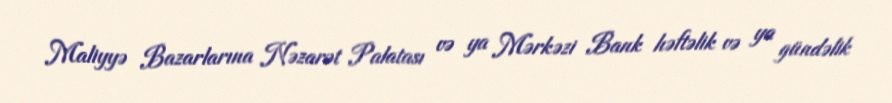
Maliyyə Bazarlarına Nəzarət Palatası və ya Mərkəzi Bank həftəlik və ya gündəlik